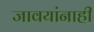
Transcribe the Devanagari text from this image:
जावयांनाही